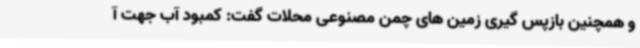
و همچنین بازپس گیری زمین های چمن مصنوعی محلات گفت: کمبود آب جهت آ